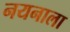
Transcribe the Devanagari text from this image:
नयनाला